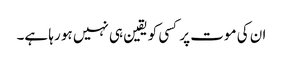
ان کی موت پر کسی کو یقین ہی نہیں ہو رہا ہے۔